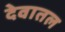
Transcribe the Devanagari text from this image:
देवातल